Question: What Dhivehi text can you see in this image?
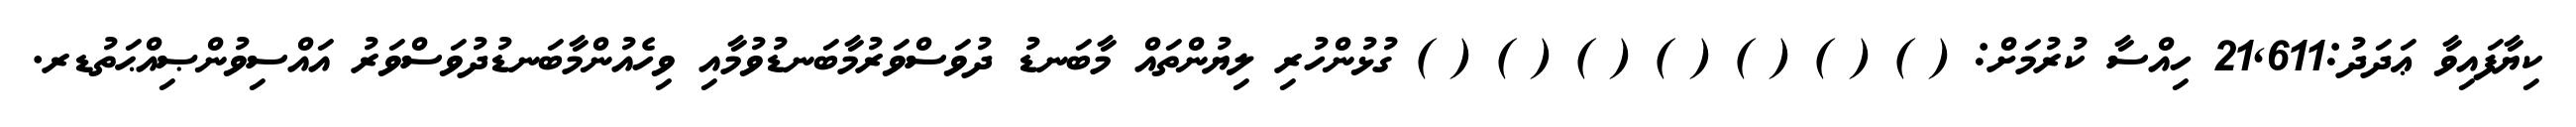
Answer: ކިޔާފައިވާ ޢަދަދު:21,611 ހިއްސާ ކުރުމަށް: ( ) ( ) ( ) ( ) ( ) ( ) ( ) ގުޅުންހުރި ލިޔުންތައް މާބަނޑު ދުވަސްވަރުމާބަނޑުވުމާއި ވިހެއުންމާބަނޑުދުވަސްވަރު އައްސިވުންޞިއްޙަތުޑރ.